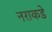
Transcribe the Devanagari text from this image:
नराकडे